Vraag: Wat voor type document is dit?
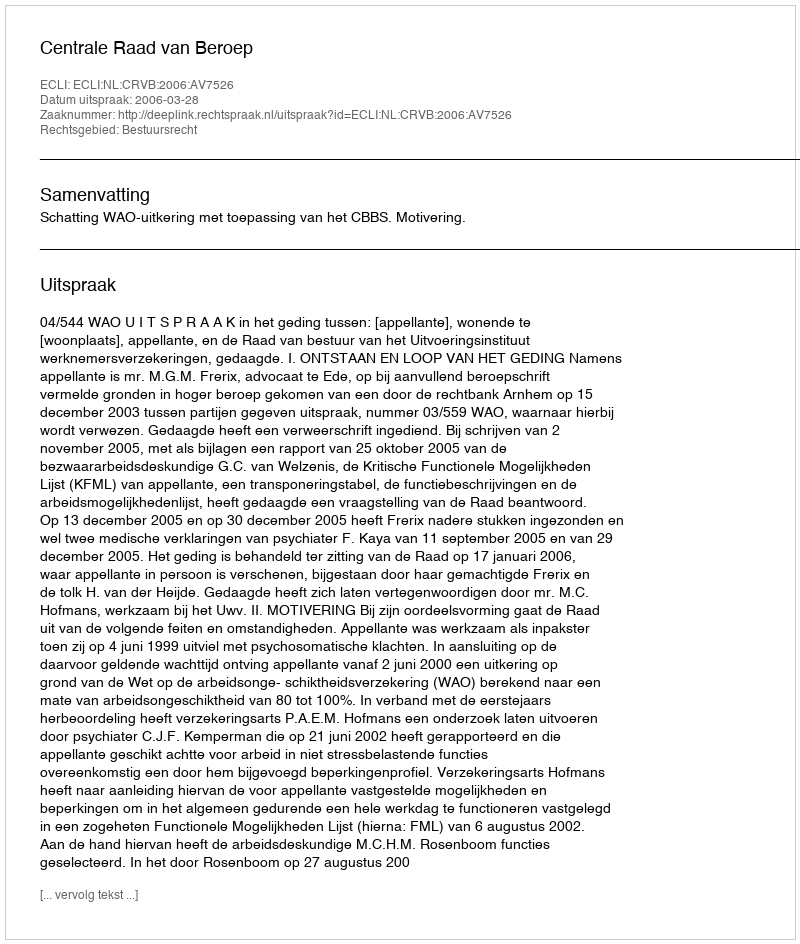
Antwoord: Uitspraak